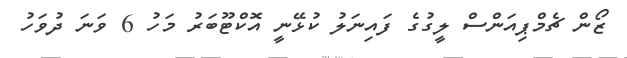
ޒޯން ޗެމްޕިއަންސް ލީގުގެ ފައިނަލު ކުޅޭނީ އޮކްޓޫބަރު މަހު 6 ވަނަ ދުވަހު